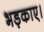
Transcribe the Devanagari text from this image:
भड़काए।